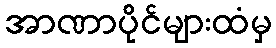
အာဏာပိုင်များထံမှ